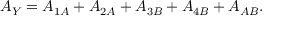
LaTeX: A _ { Y } = A _ { 1 A } + A _ { 2 A } + A _ { 3 B } + A _ { 4 B } + A _ { A B } .